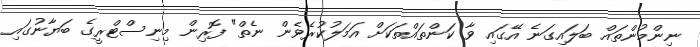
ނިންމުންތައް ބަލައިގަނެ އޭގައި ވާ ކަންތައްތަކަށް އަމަލުކުރެވެން ނެތް" ފޮރިން މިނިސްޓްރީގެ ބަޔާނުގައި